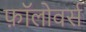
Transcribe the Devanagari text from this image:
फ़ॉलोवर्स